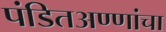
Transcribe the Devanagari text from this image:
पंडितअण्णांचा